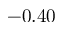
- 0 . 4 0